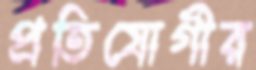
প্রতিযোগীর